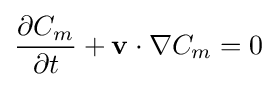
{\frac {\partial C_{m}}{\partial t}}+\mathbf {v} \cdot \nabla C_{m}=0